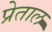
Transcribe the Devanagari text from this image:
प्रेताल